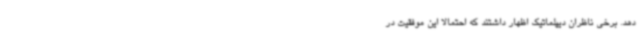
دهد. برخی ناظران دیپلماتیک اظهار داشتند که احتمالاً این موفقیت در